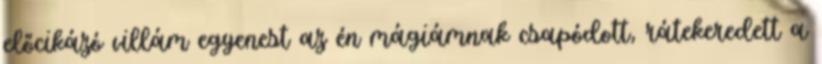
előcikázó villám egyenest az én mágiámnak csapódott, rátekeredett a